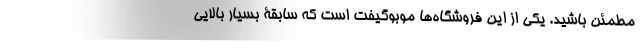
مطمئن باشید. یکی از این فروشگاه‌ها موبوگیفت است که سابقۀ بسیار بالایی